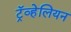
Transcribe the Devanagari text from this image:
ट्रॅव्हेलियन